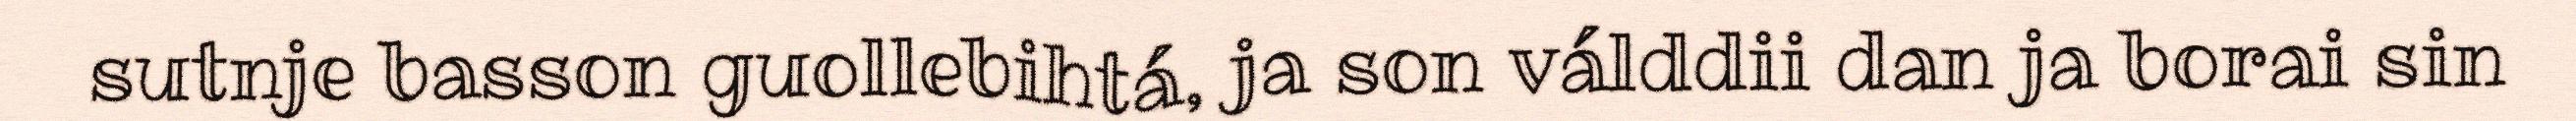
sutnje basson guollebihtá, ja son válddii dan ja borai sin